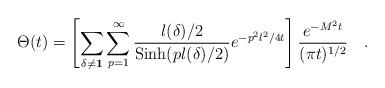
LaTeX: \begin{align*}\Theta(t)= \left [ \sum_{\delta \neq {\bf 1}} \sum_{p=1}^{\infty} {{l(\delta)/2}\over{{\rm Sinh} (pl(\delta)/2) }} e^{- p^2 l^2/4t} \right ] {{e^{-M^2t }}\over{(\pi t)^{1/2} }} \quad .\end{align*}